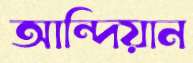
আন্দিয়ান